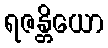
ရဇန္တိယော